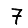
Digit: 7